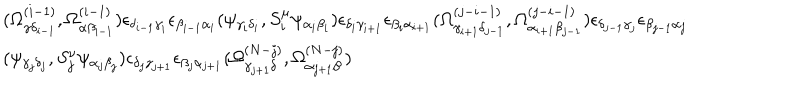
\begin{array} { l } { { ( \Omega _ { \gamma \delta _ { i - 1 } } ^ { ( i - 1 ) } , \Omega _ { \alpha \beta _ { i - 1 } } ^ { ( i - 1 ) } ) \epsilon _ { \delta _ { i - 1 } \gamma _ { i } } \epsilon _ { \beta _ { i - 1 } \alpha _ { i } } ( \psi _ { \gamma _ { i } \delta _ { i } } , S _ { i } ^ { \mu } \psi _ { \alpha _ { i } \beta _ { i } } ) \epsilon _ { \delta _ { i } \gamma _ { i + 1 } } \epsilon _ { \beta _ { i } \alpha _ { i + 1 } } ( \Omega _ { \gamma _ { i + 1 } \delta _ { j - 1 } } ^ { ( j - i - 1 ) } , \Omega _ { \alpha _ { i + 1 } \beta _ { j - 1 } } ^ { ( j - i - 1 ) } ) \epsilon _ { \delta _ { j - 1 } \gamma _ { j } } \epsilon _ { \beta _ { j - 1 } \alpha _ { j } } } } \\ { { ( \psi _ { \gamma _ { j } \delta _ { j } } , S _ { j } ^ { \nu } \psi _ { \alpha _ { j } \beta _ { j } } ) \epsilon _ { \delta _ { j } \gamma _ { j + 1 } } \epsilon _ { \beta _ { j } \alpha _ { j + 1 } } ( \Omega _ { \gamma _ { j + 1 } \delta } ^ { ( N - j ) } , \Omega _ { \alpha _ { j + 1 } \beta } ^ { ( N - j ) } ) } } \\ \end{array}